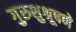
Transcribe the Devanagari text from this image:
गुरुशुश्रूषणे